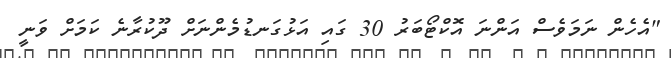
"އެހެން ނަމަވެސް އަންނަ އޮކްޓޯބަރު 30 ގައި އަޅުގަނޑުމެންނަށް ދޫކުރާނެ ކަމަށް ވަނީ